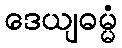
ဒေယျဓမ္မံ